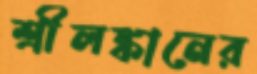
শ্রীলঙ্কানের